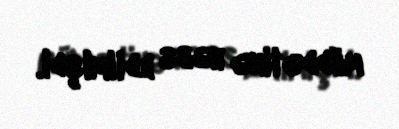
müddətinə həbs edilmişdi.